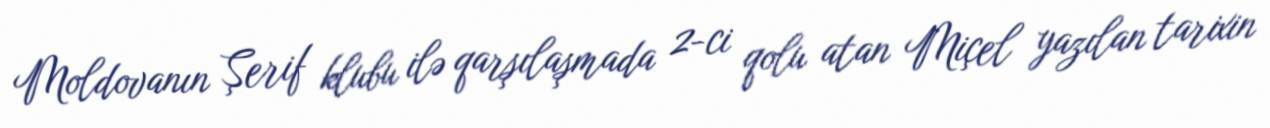
Moldovanın Şerif klubu ilə qarşılaşmada 2-ci qolu atan Miçel yazılan tarixin